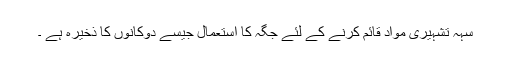
سہہ تشہیری مواد قائم کرنے کے لئے جگہ کا استعمال جیسے دوکانوں کا ذخیرہ ہے ۔